65_HS1-834228961_62-HQ-83894_Section_3
Agency: FBI
Page 113
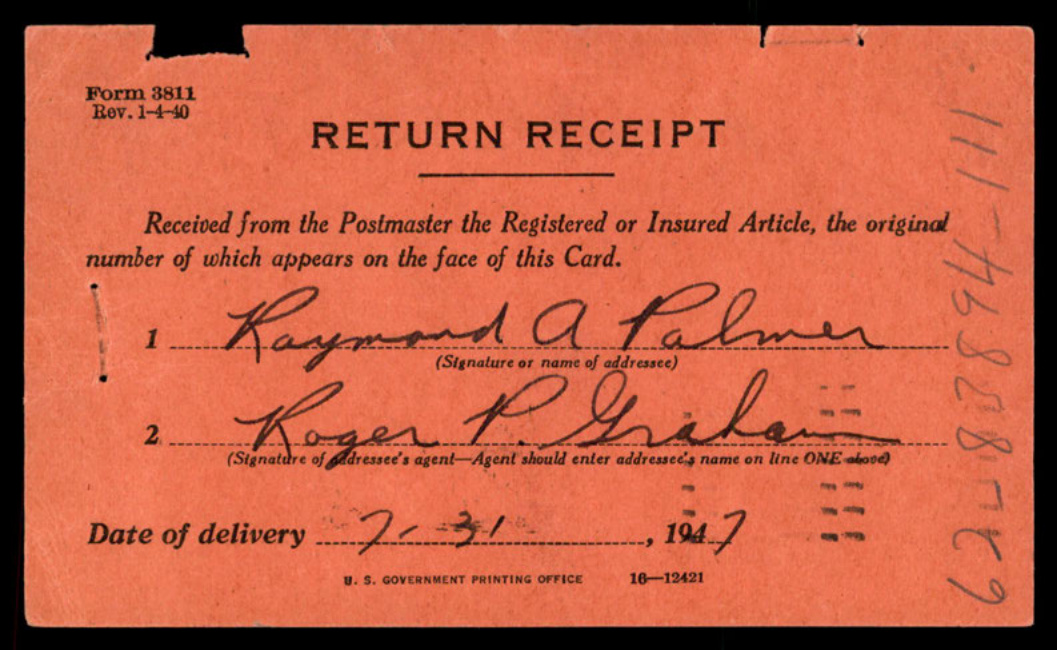